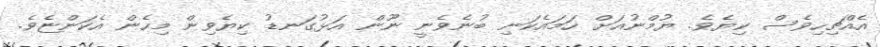
އެއްޗިހިވެސް ކިޔެވެ. ޔުމްނުއަށް ހަމައެކަނި ބުނެވެނީ ނޫން އަޅުގަނޑު ކިޔެވިން މިހެން އެކަންޏެވެ.